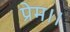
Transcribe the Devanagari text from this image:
प्रेम।।